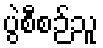
ပွဲစီစဉ်သူ